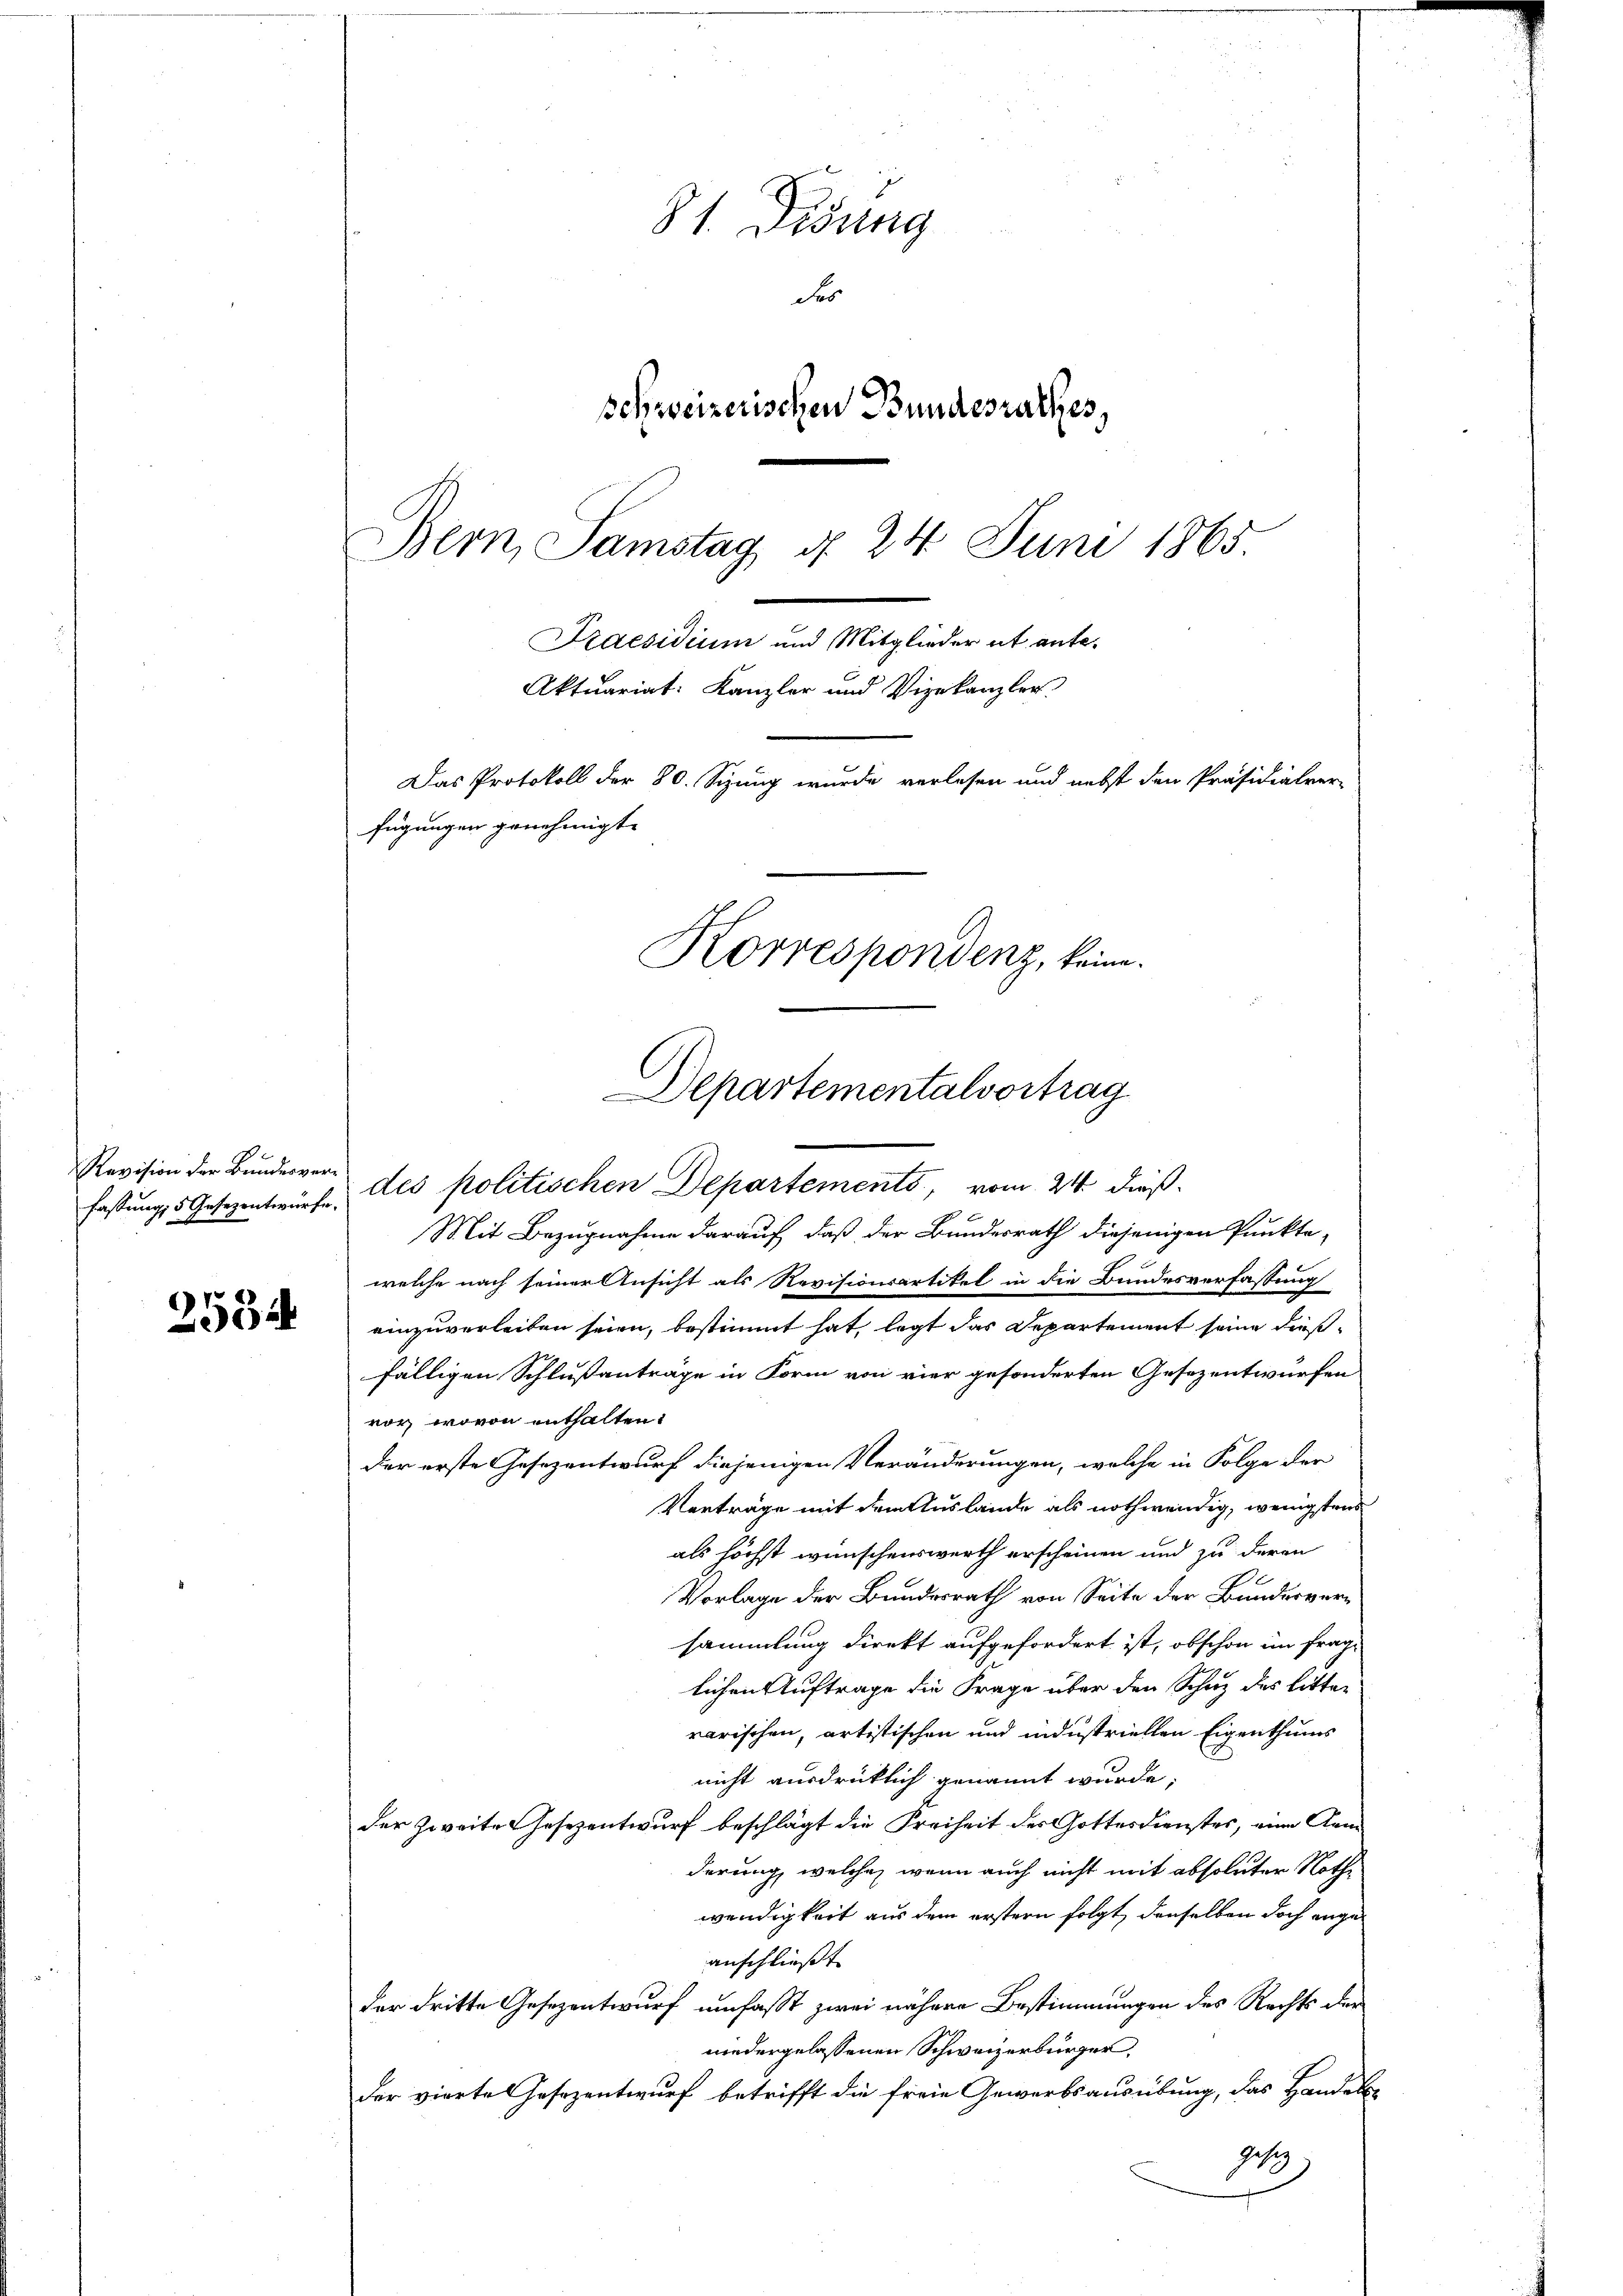
fassung, 5 Gesezentwürfe.

2554

81. Disung
Ser
schweizerischen Bundesrathes,
Bern, Samstag d. 24 Juni 1865.
Praesidium und Mitglieder et ante-
Aktuariat: Kanzler und Vizekanzler
Das Protokoll der 80. Sizung wurde verlesen und nebst den Präsidialver-
fügungen genehmigt.
Korrespondenz, keine.

Departementalvortrag
Revision der Bundesver- des politischen Departements, vom 24. dieß

Mit Bezugnahme darauf, daß der Bundesrath diejenigen Punkte,
welche nach seiner Ansicht als Revisionsartikel in die Bundesverfassung
einzuverleiben seien, bestimmt hat, legt das Departement seine dießfälligen Schlußanträge in Form von vier gesonderten Gesezentwürfen
vor, wovon enthalten.
der erste Gesezentwurf diejenigen Veränderungen, welche in Folge der
Verträge mit dem Auslände als nothwendig, wenigstens
als höchst wünschenswerth erscheinen und zu deren
e
Vorlage der Bundesrath von Seite der Bundesversammlung direkt aufgefordert ist, obschon im frag-
lichen Auftrage die Frage über den Schutz des litter
rarischen, artistischen und industriellen Eigenthums
nicht ausdrücklich genannt wurde;
der Zweite Gesezentwurf beschlägt die Freiheit der Gottesdienstes, eine Arm
derung, welche, wenn auch nicht mit absoluter Nothe
wendigkeit aus dem erstern folgt, denselben doch angeanschließt.
der dritte Gesezentwurf umfasst zwei nähere Bestimmungen des Rechts der
niedergelassenen Schweizerbürger,
der vierte Gesezentwurf betrifft die freie Gewerbsausübung, das Handels-
Gese
x